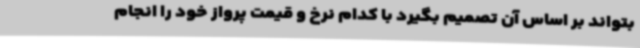
بتواند بر اساس آن تصمیم بگیرد با کدام نرخ و قیمت پرواز خود را انجام